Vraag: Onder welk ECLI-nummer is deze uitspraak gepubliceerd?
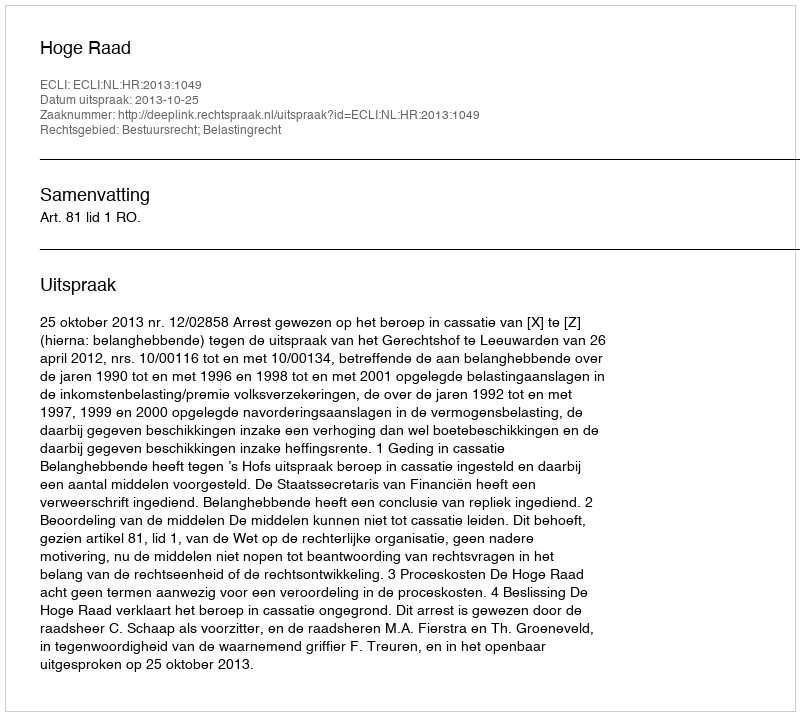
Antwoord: ECLI:NL:HR:2013:1049